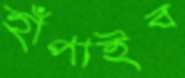
হাঁপাইব